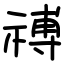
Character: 禣